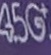
4.5G